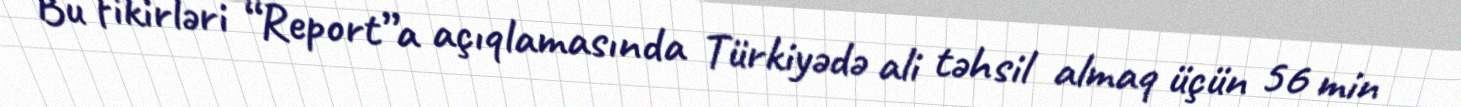
Bu fikirləri “Report”a açıqlamasında Türkiyədə ali təhsil almaq üçün 56 min